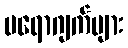
ပရောဂျက်များ